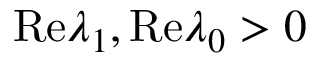
\mathrm { R e } \lambda _ { 1 } , \mathrm { R e } \lambda _ { 0 } > 0